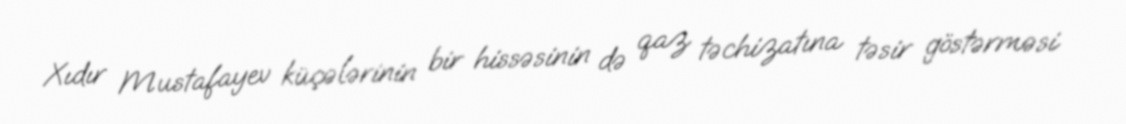
Xıdır Mustafayev küçələrinin bir hissəsinin də qaz təchizatına təsir göstərməsi